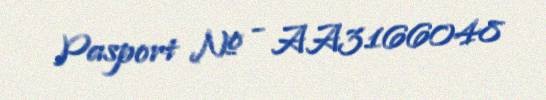
Pasport № - AA3166048